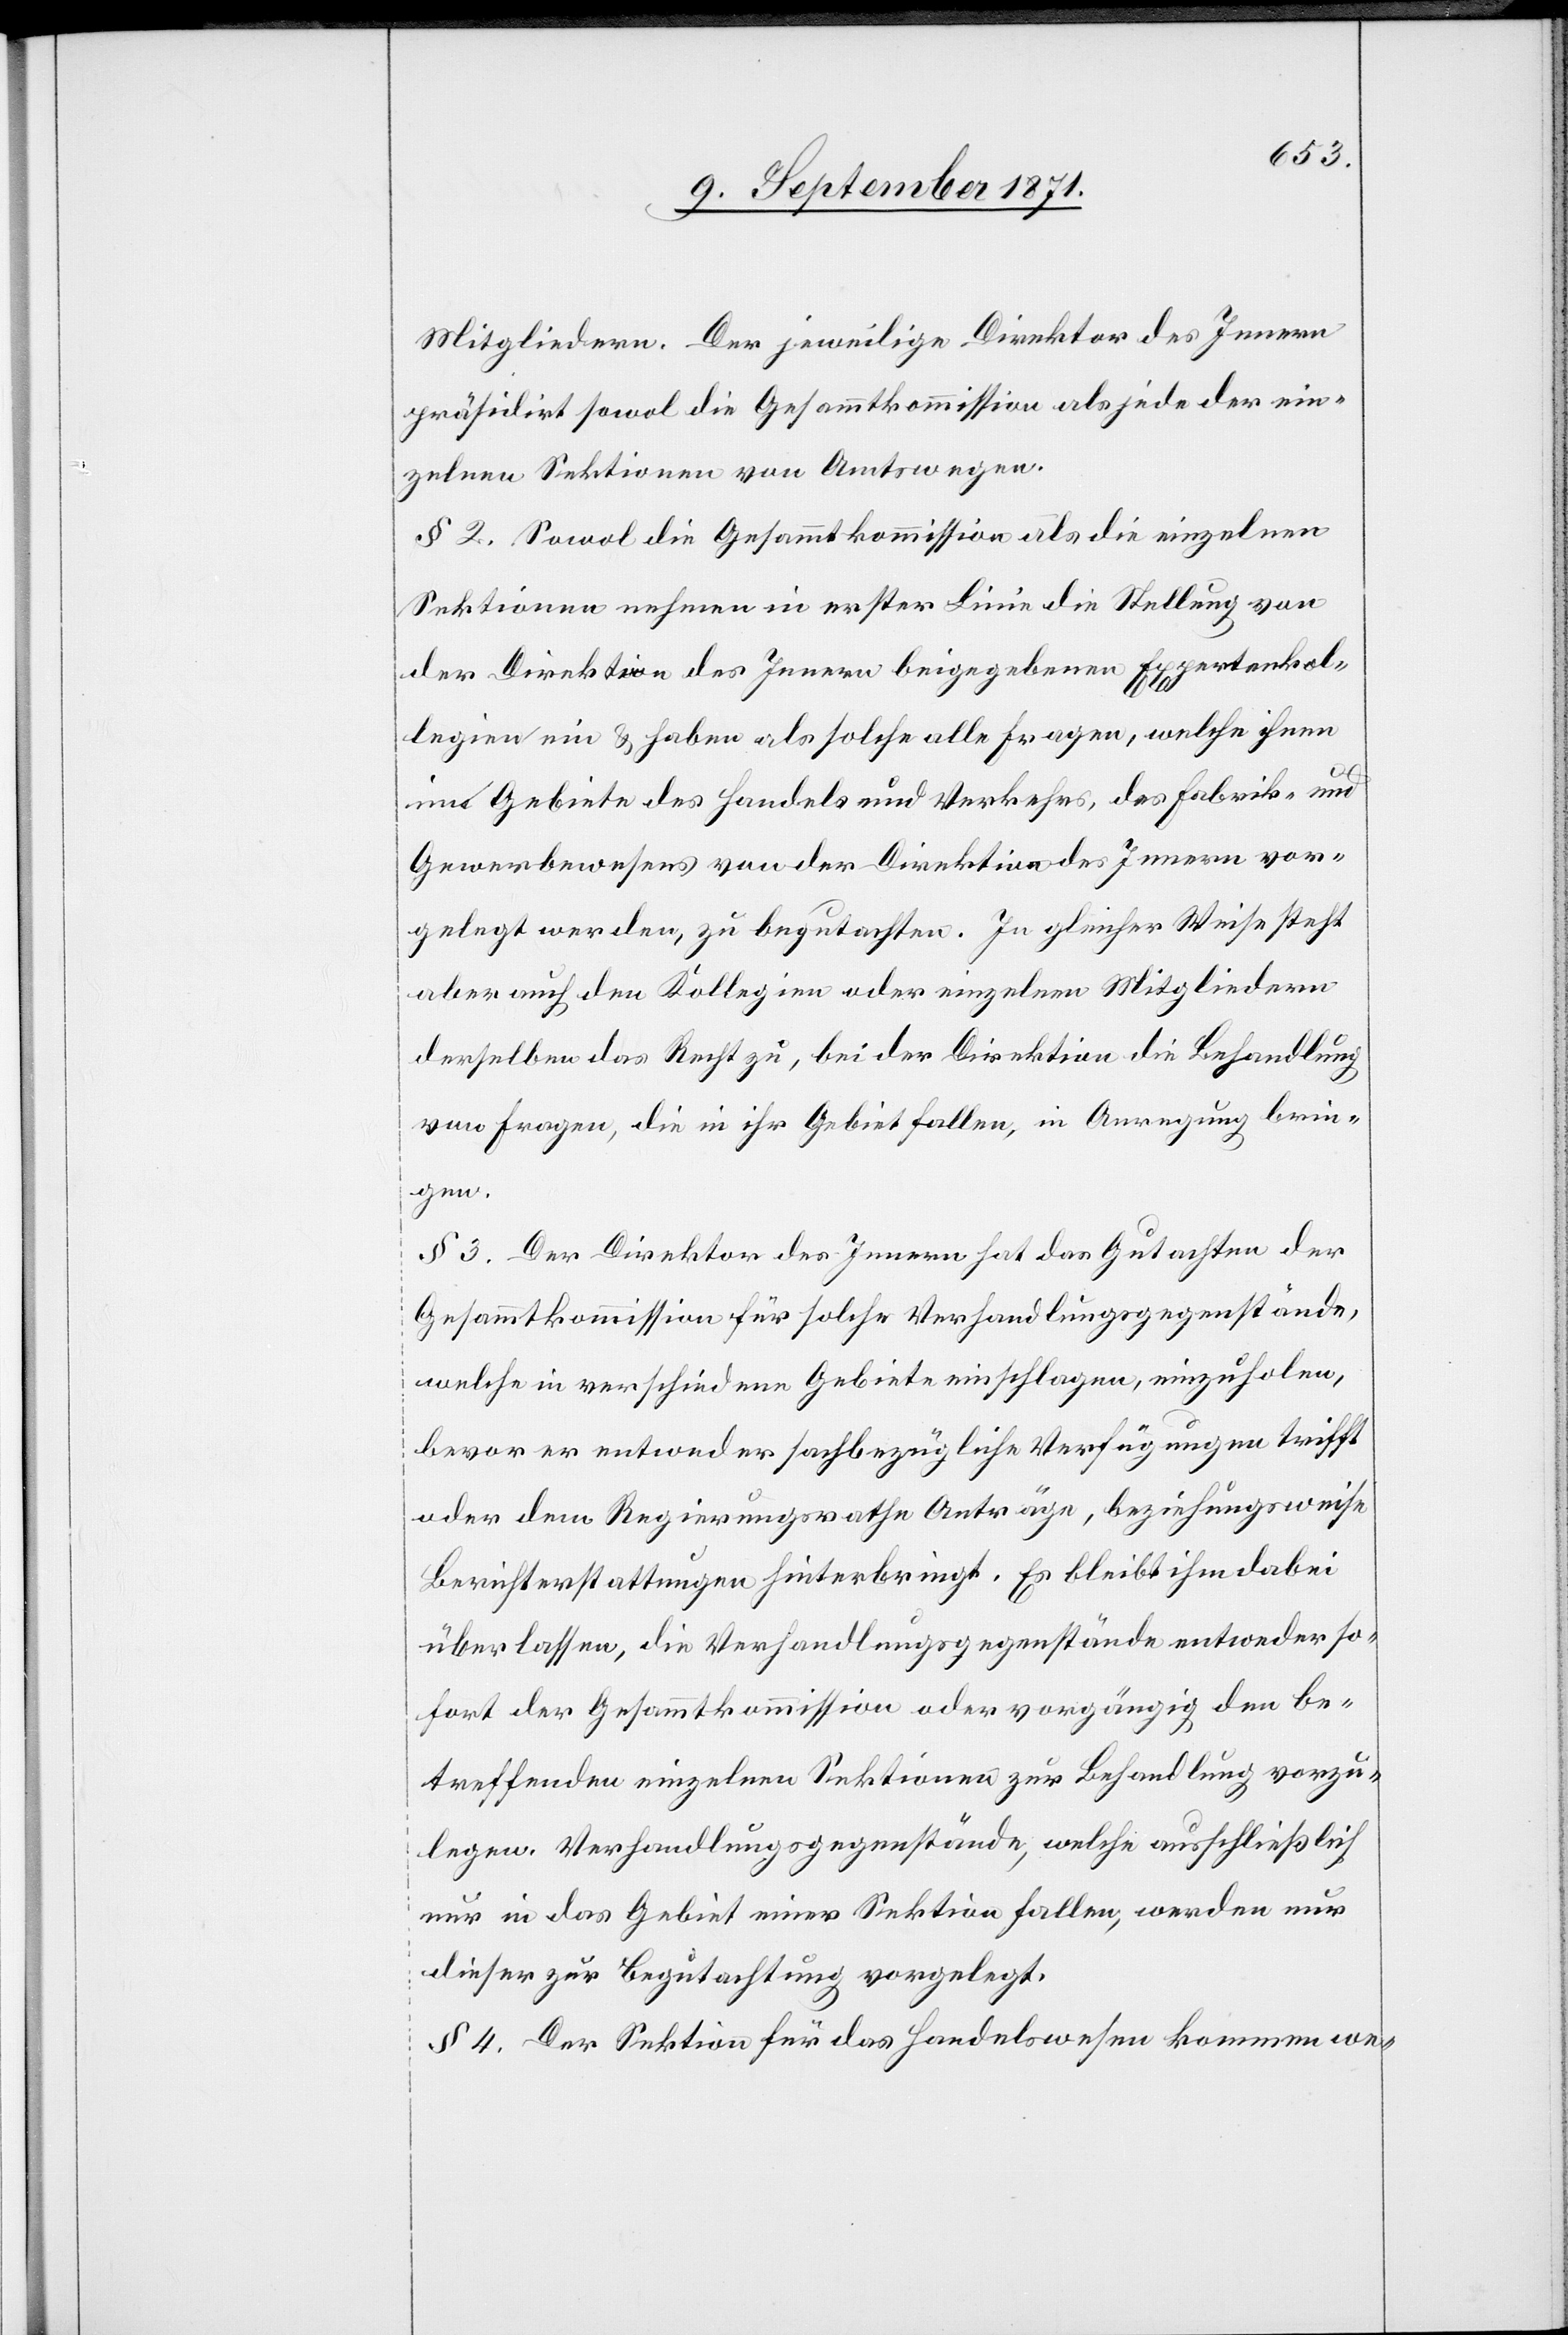
Mitgliedern. Der jeweilige Direktor des Innern
präsidirt sowol die Gesammtkommission als jede der ein¬
zelnen Sektionen von Amtswegen.
§ 2. Sowol die Gesammtkommission als die einzelnen
Sektionen nehmen in erster Linie die Stellung von
der Direktion des Innern beigegebenen Expertenkol¬
legien ein & haben als solche alle Fragen, welche ihnen
im Gebiete des Handels und Verkehrs, des Fabrik- und
Gewerbewesens von der Direktion des Innern vor¬
gelegt werden, zu begutachten. In gleicher Weise steht
aber auch den Kollegien oder einzelnen Mitgliedern
derselben das Recht zu, bei der Direktion die Behandlung
von Fragen, die in ihr Gebiet fallen, in Anregung [zu] brin¬
gen.
§ 3. Der Direktor des Innern hat das Gutachten der
Gesammtkommission für solche Verhandlungsgegenstände,
welche in verschiedene Gebiete einschlagen, einzuholen,
bevor er entweder sachbezügliche Verfügungen trifft
oder dem Regierungsrathe Anträge, beziehungsweise
Berichterstattungen hinterbringt. Es bleibt ihm dabei
überlassen, die Verhandlungsgegenstände entweder so¬
fort der Gesammtkommission oder vorgängig den be¬
treffenden einzelnen Sektionen zur Behandlung vorzu¬
legen. Verhandlungsgegenstände, welche ausschließlich
nur in das Gebiet einer Sektion fallen, werden nur
dieser zur Begutachtung vorgelegt.
§ 4. Der Sektion für das Handelswesen kommen we-